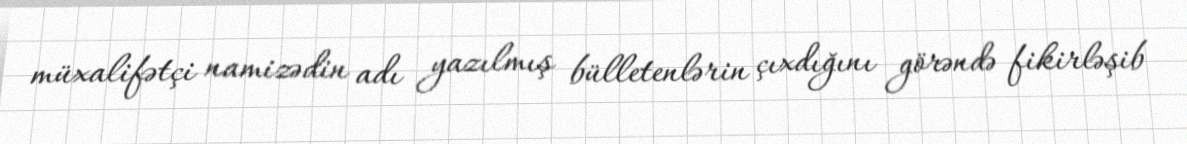
müxalifətçi namizədin adı yazılmış bülletenlərin çıxdığını görəndə fikirləşib